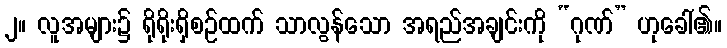
၂။ လူအများ၌ ရိုရိုးရှိစဉ်ထက် သာလွန်သော အရည်အချင်းကို “ဂုဏ်” ဟုခေါ်၏။